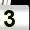
Digit: 3